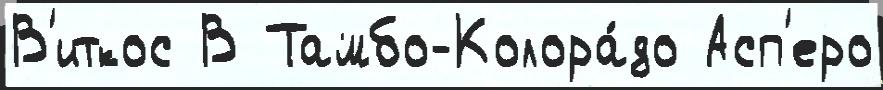
В'иткос В Тамбо-Колора́до Асп'еро